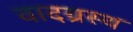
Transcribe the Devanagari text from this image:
वादग्रस्थ